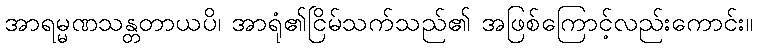
အာရမ္မဏသန္တတာယပိ၊ အာရုံ၏ငြိမ်သက်သည်၏ အဖြစ်ကြောင့်လည်းကောင်း။